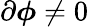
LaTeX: \partial\boldsymbol\phi\neq 0